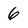
Character: 6